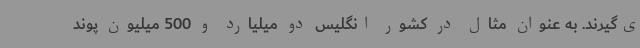
ی‌گیرند. به عنوان مثال در کشور انگلیس دو میلیارد و 500 میلیون پوند